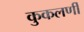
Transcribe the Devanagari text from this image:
कुकलर्णी